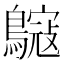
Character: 䳹